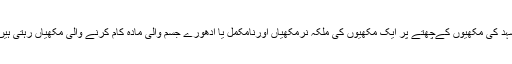
شہد کی مکھیوں کےچھتّے پر ایک مکھیوں کی ملکہ نرمکھیاں اورنامکمل یا ادھورے جسم والی مادہ کام کرنے والی مکھیاں رہتی ہیں۔